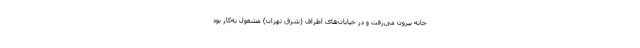
خانه بیرون می‌رفت و در خیابان‌های اطراف (شرق تهران) مشغول به‌کار بود